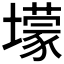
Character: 𡒯